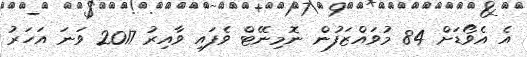
އެ އެވޯޑަށް 84 މުވައްޒަފުން ނޮމިނޭޓް ވެފައި ވާއިރު 2017 ވަނަ އަހަރު